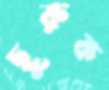
ছুরুক